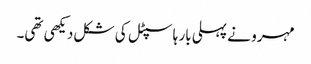
مہرو نے پہلی بار ہاسپٹل کی شکل دیکھی تھی۔